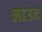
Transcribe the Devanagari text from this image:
लढउन